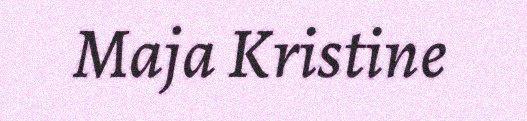
Maja Kristine